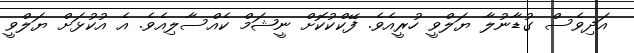
އަދިވެސް ގުޑާނުލާ ޔަލްވީ ހުރީއެވެ. ފޭކްކުކޮށް ނީޝަމް ކެއްސާލިއެވެ. އެ އުކުޅަށް ޔަލްވީ